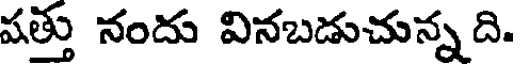
పత్తు నందు వినబడుచున్న ది.